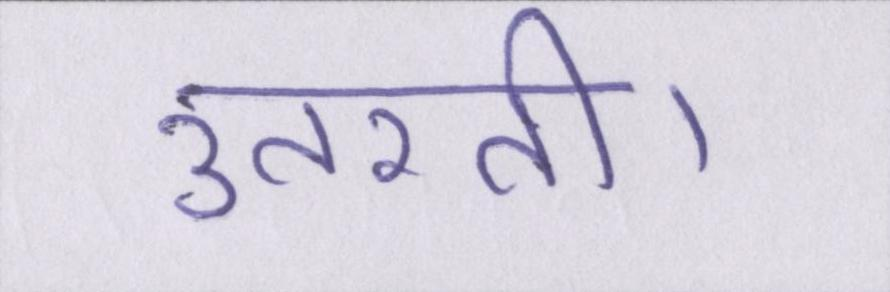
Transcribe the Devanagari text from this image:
उतरती।